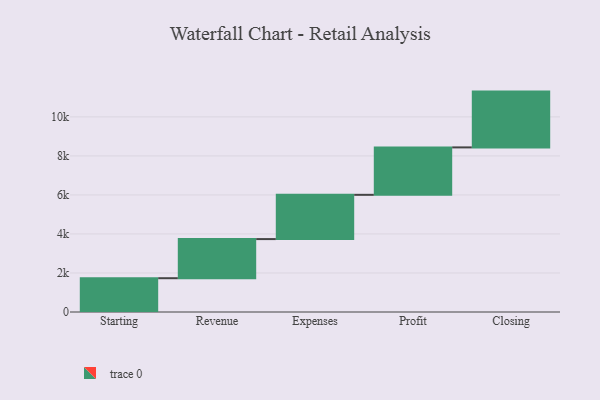
{"axis": {"x": "Step", "y": "Value"}, "legend": [""], "data": [{"x": "Starting", "y": 1732.0, "type": ""}, {"x": "Revenue", "y": 2005.0, "type": ""}, {"x": "Expenses", "y": 2268.0, "type": ""}, {"x": "Profit", "y": 2431.0, "type": ""}, {"x": "Closing", "y": 2860.0, "type": ""}]}